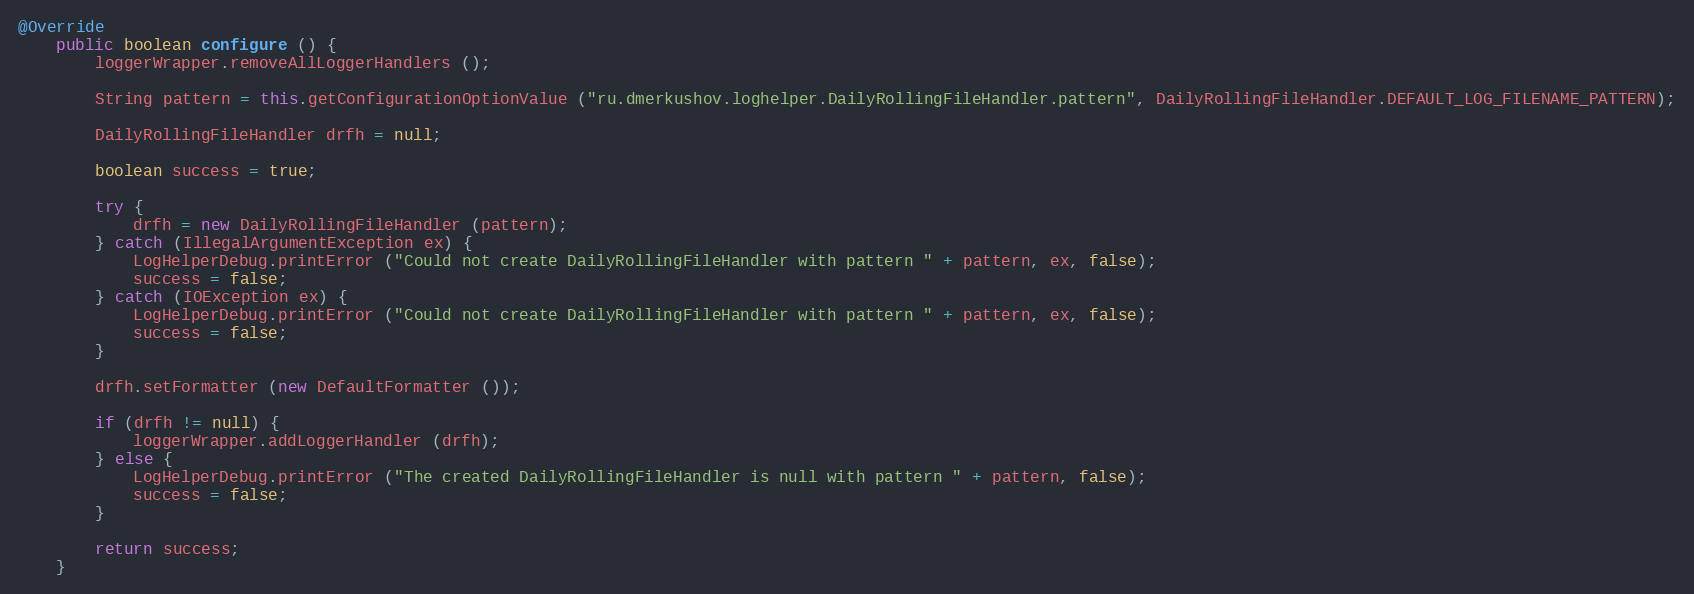
Language: Java
@Override
	public boolean configure () {
		loggerWrapper.removeAllLoggerHandlers ();

		String pattern = this.getConfigurationOptionValue ("ru.dmerkushov.loghelper.DailyRollingFileHandler.pattern", DailyRollingFileHandler.DEFAULT_LOG_FILENAME_PATTERN);

		DailyRollingFileHandler drfh = null;

		boolean success = true;

		try {
			drfh = new DailyRollingFileHandler (pattern);
		} catch (IllegalArgumentException ex) {
			LogHelperDebug.printError ("Could not create DailyRollingFileHandler with pattern " + pattern, ex, false);
			success = false;
		} catch (IOException ex) {
			LogHelperDebug.printError ("Could not create DailyRollingFileHandler with pattern " + pattern, ex, false);
			success = false;
		}

		drfh.setFormatter (new DefaultFormatter ());

		if (drfh != null) {
			loggerWrapper.addLoggerHandler (drfh);
		} else {
			LogHelperDebug.printError ("The created DailyRollingFileHandler is null with pattern " + pattern, false);
			success = false;
		}

		return success;
	}